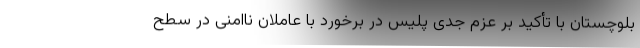
بلوچستان با تأکید بر عزم جدی پلیس در برخورد با عاملان ناامنی در سطح